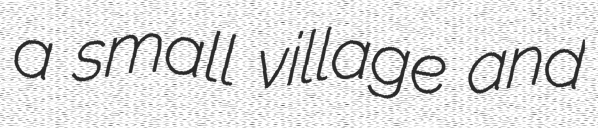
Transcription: a small village and